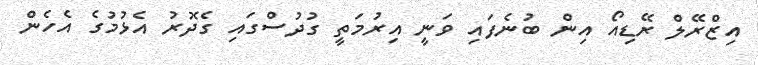
އިޒްރޭލް ރޭޑިއޯ އިން ބުނެފައި ވަނީ އިރުމަތީ ގުދުސްގައި ގެދޮރު އެޅުމުގެ އެހެން